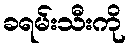
ခရမ်းသီးကို